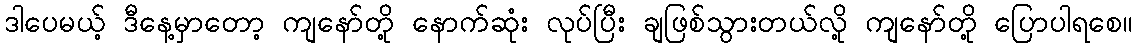
ဒါပေမယ့် ဒီနေ့မှာတော့ ကျနော်တို့ နောက်ဆုံး လုပ်ပြီး ချဖြစ်သွားတယ်လို့ ကျနော်တို့ ပြောပါရစေ။